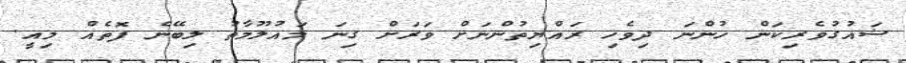
ޝައުގުވެރިކަން ހުންނަ ދިވެހި ރައްޔިތުންނަށް ވަރަށް ގިނަ މައުލޫމާތު ލިބޭނެ ފޮތެއް މިއީ.